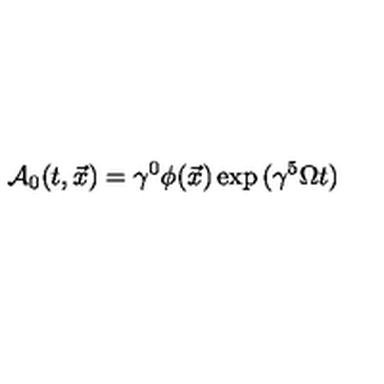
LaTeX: { \cal A } _ { 0 } ( t , \vec { x } ) = \gamma ^ { 0 } \phi ( \vec { x } ) \exp { ( \gamma ^ { 5 } \Omega t ) }